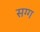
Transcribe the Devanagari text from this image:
सग्ग